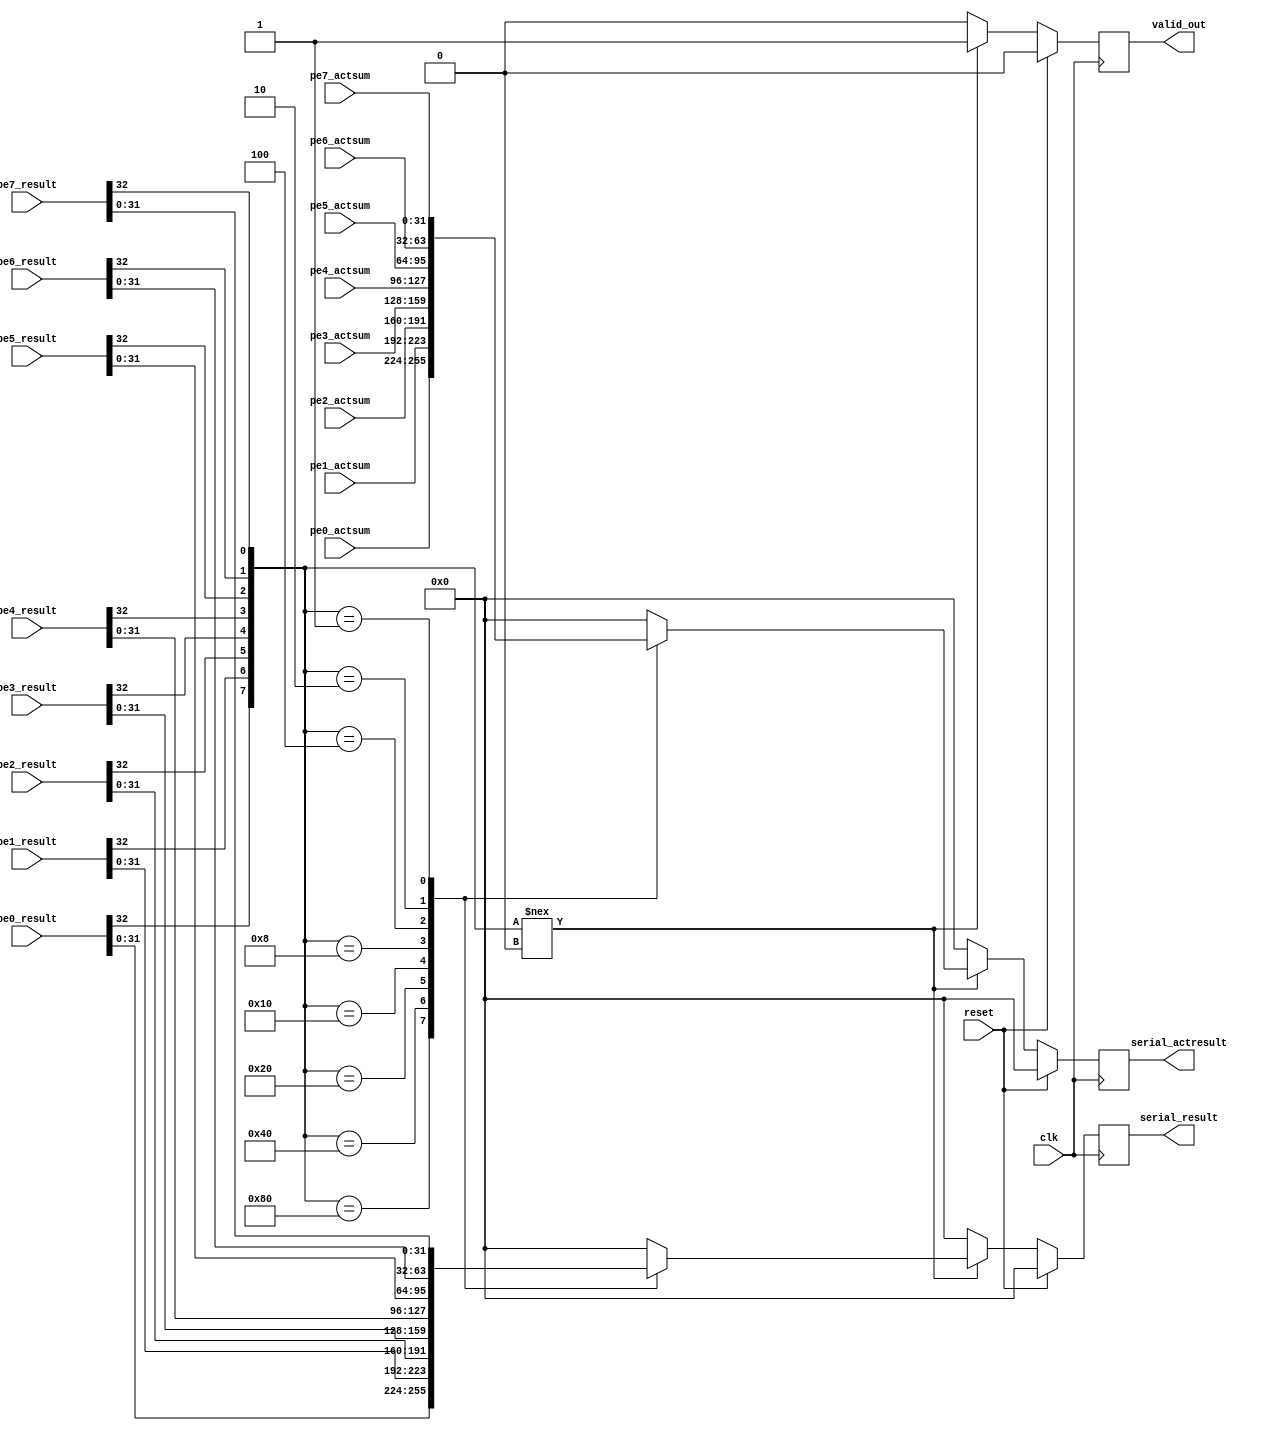
// ============================================================================
// Designer : Yi_Yuan Chen
// Create   : 2022.09.21
// Ver      : 2.0
// Func     : to get output result from each PE in ROW_n. and should be serial
// 		sent to quantization module.
// 		0921: new act sum pallel to serial each PE
// ============================================================================


module getpe_result #(
	parameter INV_BITS = 1 ,		// input valid bits
	parameter QOUT_BITS = 32		// quantize output bits
) (
	clk ,
	reset ,
	pe0_result ,
	pe1_result ,
	pe2_result ,
	pe3_result ,
	pe4_result ,
	pe5_result ,
	pe6_result ,
	pe7_result ,
	pe0_actsum ,
	pe1_actsum ,
	pe2_actsum ,
	pe3_actsum ,
	pe4_actsum ,
	pe5_actsum ,
	pe6_actsum ,
	pe7_actsum ,
	valid_out ,
	serial_result ,
	serial_actresult ,
);
	
input wire			clk 		;
input wire			reset 		;
input wire	[ QOUT_BITS + INV_BITS - 1 : 0 ]		pe0_result 		;
input wire	[ QOUT_BITS + INV_BITS - 1 : 0 ]		pe1_result 		;
input wire	[ QOUT_BITS + INV_BITS - 1 : 0 ]		pe2_result 		;
input wire	[ QOUT_BITS + INV_BITS - 1 : 0 ]		pe3_result 		;
input wire	[ QOUT_BITS + INV_BITS - 1 : 0 ]		pe4_result 		;
input wire	[ QOUT_BITS + INV_BITS - 1 : 0 ]		pe5_result 		;
input wire	[ QOUT_BITS + INV_BITS - 1 : 0 ]		pe6_result 		;
input wire	[ QOUT_BITS + INV_BITS - 1 : 0 ]		pe7_result 		;
input wire	[ QOUT_BITS - 1 : 0 ]		pe0_actsum 		;
input wire	[ QOUT_BITS - 1 : 0 ]		pe1_actsum 		;
input wire	[ QOUT_BITS - 1 : 0 ]		pe2_actsum 		;
input wire	[ QOUT_BITS - 1 : 0 ]		pe3_actsum 		;
input wire	[ QOUT_BITS - 1 : 0 ]		pe4_actsum 		;
input wire	[ QOUT_BITS - 1 : 0 ]		pe5_actsum 		;
input wire	[ QOUT_BITS - 1 : 0 ]		pe6_actsum 		;
input wire	[ QOUT_BITS - 1 : 0 ]		pe7_actsum 		;

output reg						valid_out 		;
output reg	[ QOUT_BITS - 1: 0 ]			serial_result		;
output reg	[ QOUT_BITS - 1: 0 ]			serial_actresult		;

wire [ 7:0 ] valid_in ;
reg signed [ 31 : 0 ] data_choose ;
reg signed [ 31 : 0 ] actsum_choose ;



assign valid_in = { 
	pe0_result[ QOUT_BITS + INV_BITS-1  -: 1 ],
	pe1_result[ QOUT_BITS + INV_BITS-1  -: 1 ],
	pe2_result[ QOUT_BITS + INV_BITS-1  -: 1 ],
	pe3_result[ QOUT_BITS + INV_BITS-1  -: 1 ],
	pe4_result[ QOUT_BITS + INV_BITS-1  -: 1 ],
	pe5_result[ QOUT_BITS + INV_BITS-1  -: 1 ],
	pe6_result[ QOUT_BITS + INV_BITS-1  -: 1 ],
	pe7_result[ QOUT_BITS + INV_BITS-1  -: 1 ]
	}	;


always@(*)begin
	case (valid_in)
		8'b1000_0000: data_choose = { pe0_result[ QOUT_BITS -1  -: 32 ]};
		8'b0100_0000: data_choose = { pe1_result[ QOUT_BITS -1  -: 32 ]};
		8'b0010_0000: data_choose = { pe2_result[ QOUT_BITS -1  -: 32 ]};
		8'b0001_0000: data_choose = { pe3_result[ QOUT_BITS -1  -: 32 ]};
		8'b0000_1000: data_choose = { pe4_result[ QOUT_BITS -1  -: 32 ]};
		8'b0000_0100: data_choose = { pe5_result[ QOUT_BITS -1  -: 32 ]};
		8'b0000_0010: data_choose = { pe6_result[ QOUT_BITS -1  -: 32 ]};
		8'b0000_0001: data_choose = { pe7_result[ QOUT_BITS -1  -: 32 ]};
		default: data_choose = 32'd0 ;
	endcase
end

always@(*)begin
	case (valid_in)
		8'b1000_0000: actsum_choose = pe0_actsum;
		8'b0100_0000: actsum_choose = pe1_actsum;
		8'b0010_0000: actsum_choose = pe2_actsum;
		8'b0001_0000: actsum_choose = pe3_actsum;
		8'b0000_1000: actsum_choose = pe4_actsum;
		8'b0000_0100: actsum_choose = pe5_actsum;
		8'b0000_0010: actsum_choose = pe6_actsum;
		8'b0000_0001: actsum_choose = pe7_actsum;
		default: actsum_choose = 32'd0 ;
	endcase
end

always@( posedge clk )begin
	if(reset)begin
		serial_result <= 32'd0 ;
		serial_actresult <= 32'd0 ;
		valid_out <= 0;
	end
	else begin
		if(  valid_in !== 8'd0 )begin
			serial_result <= data_choose ;
			serial_actresult <= actsum_choose ;
			valid_out <= 1;
		end
		else begin
			serial_result <= 32'd0;
			serial_actresult <= 32'd0;
			valid_out <= 0;
		end
	end
end





endmodule